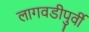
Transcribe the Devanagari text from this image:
लागवडीपुर्वी